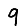
Digit: 9